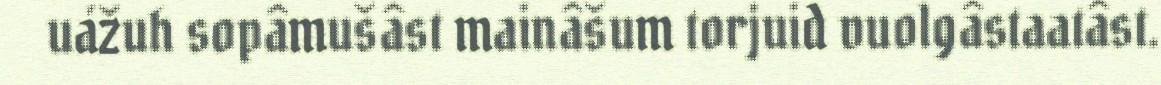
uážuh sopâmušâst mainâšum torjuid vuolgâstaatâst.